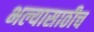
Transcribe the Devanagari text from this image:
भल्यासाठीच